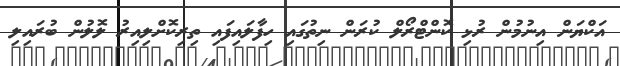
އަކްޔަން އިނުމުން ރުޅި ކޮންޓްރޯލް ކުރަން ނިތުގައި ހިފާލައިފައި ތިރިކޮށްލިއިރު ލޮލުން ބުރައިލި